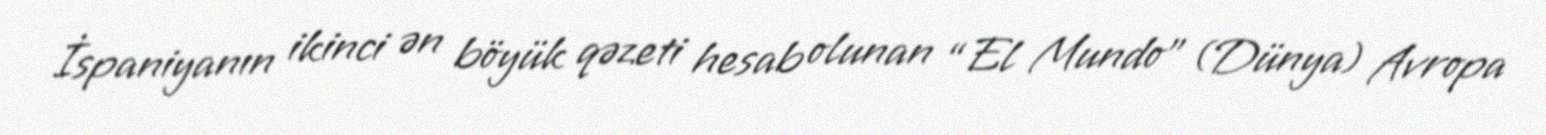
İspaniyanın ikinci ən böyük qəzeti hesab olunan “El Mundo” (Dünya) Avropa